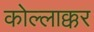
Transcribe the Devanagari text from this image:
कोल्लाक्कर